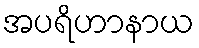
အပရိဟာနာယ